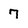
Character: 7